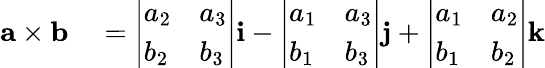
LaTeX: \begin{array}{rl}{\mathbf{a\times b}}&{{}={\left|\begin{array}{ll}{a_{2}}&{a_{3}}\\ {b_{2}}&{b_{3}}\end{array}\right|}\mathbf{i}-{\left|\begin{array}{ll}{a_{1}}&{a_{3}}\\ {b_{1}}&{b_{3}}\end{array}\right|}\mathbf{j}+{\left|\begin{array}{ll}{a_{1}}&{a_{2}}\\ {b_{1}}&{b_{2}}\end{array}\right|}\mathbf{k}}\end{array}